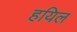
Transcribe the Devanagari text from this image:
हयिल